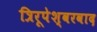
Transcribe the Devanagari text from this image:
त्रिरूपेश्वरवाद